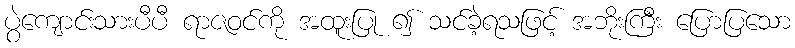
ပွဲကျောင်းသားပီပီ ရာဇဝင်ကို အထူးပြု ၍ သင်ခဲ့ရသဖြင့် အဘိုးကြီး ပြောပြသော